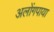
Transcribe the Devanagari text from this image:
अलोंगपाया